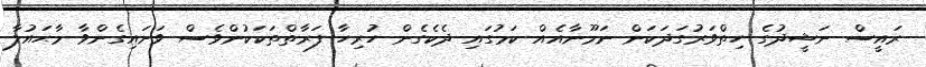
ރައީސް ނަޝީދުގެ ހިތްވަރުގަދަކަން ނަމޫނާއެއް ކަމުގައި ދެކެގެން ހުރިހާ ފަރާތްތަކަކުންވެސް ވަށައިގެންވާ މާޙައުލާ